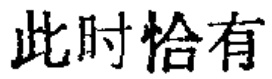
此时恰有